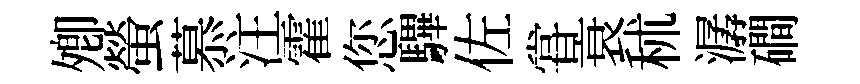
𡖖螢慕注霍您驆佐甞衰秫潺磵